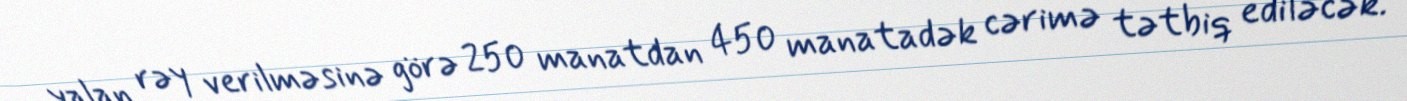
yalan rəy verilməsinə görə 250 manatdan 450 manatadək cərimə tətbiq ediləcək.